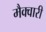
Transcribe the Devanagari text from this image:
मैक्वारी